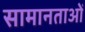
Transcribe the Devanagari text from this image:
सामानताओं